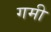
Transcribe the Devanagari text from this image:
गमी